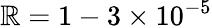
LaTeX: \mathbb{R}=1-3\times10^{-5}